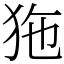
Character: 狏